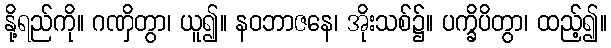
နို့ရည်ကို။ ဂဏှိတွာ၊ ယူ၍။ နဝဘာဇနေ၊ အိုးသစ်၌။ ပက္ခိပိတွာ၊ ထည့်၍။